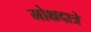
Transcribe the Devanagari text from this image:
मोक्षदात्रे